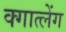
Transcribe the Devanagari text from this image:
क्गात्लेंग